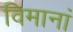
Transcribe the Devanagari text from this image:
विमानां